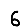
Digit: 6